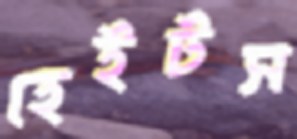
হেইটস